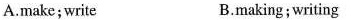
A.make;write B.making;writing